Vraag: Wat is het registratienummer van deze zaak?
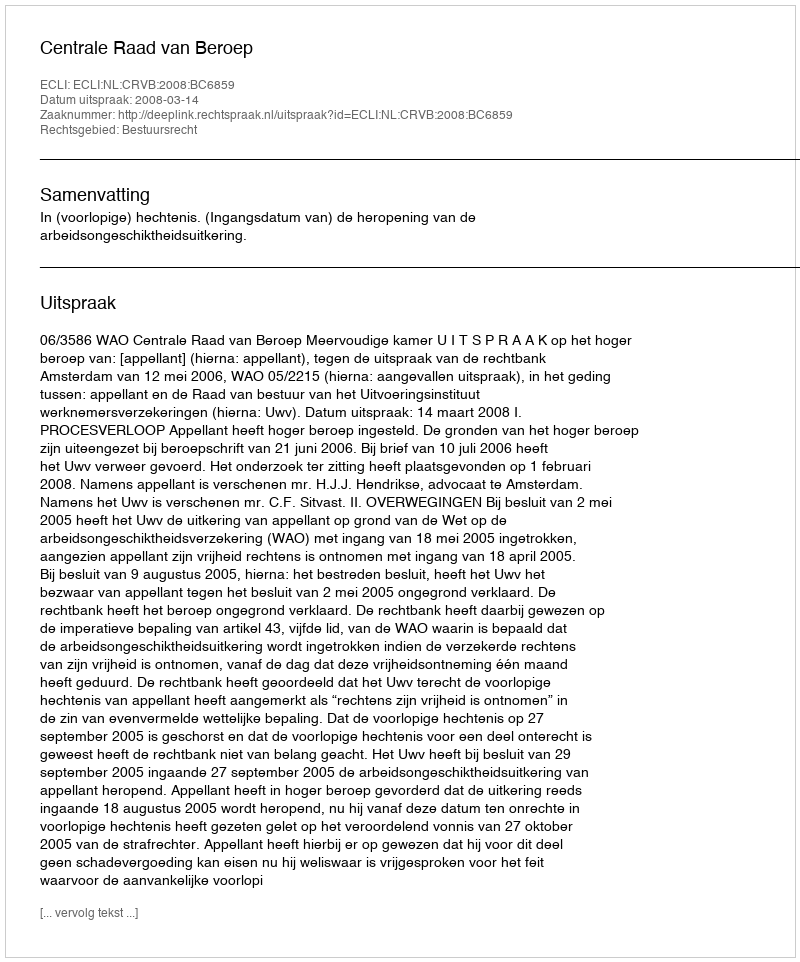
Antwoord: http://deeplink.rechtspraak.nl/uitspraak?id=ECLI:NL:CRVB:2008:BC6859